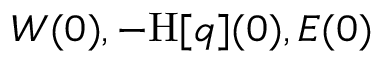
W ( 0 ) , - \mathrm { H } [ q ] ( 0 ) , E ( 0 )